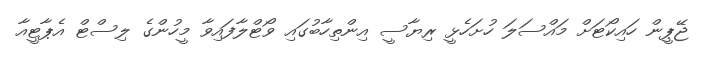
ޖޭޕީން ހައިކޯޓަށް މައްސަލަ ހުށަހެޅީ ރިޔާސީ އިންތިހާބުގައި ވޯޓްލާފައިވާ މީހުންގެ ލިސްޓް އެޕާޓީއާ